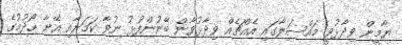
ޔާމީން ވިދާޅުވީ މައްސަލާގައި އެއްޗެއް ވިދާޅުވާން ބޭނުންފުޅު ނުވާ ކަމަށާއި އޭނާ ހޯދުމުގެ